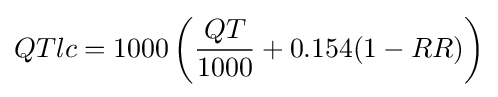
QTlc=1000\left({\frac {QT}{1000}}+0.154(1-RR)\right)